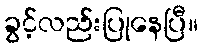
ခွင့်လည်းပြုနေပြီ။